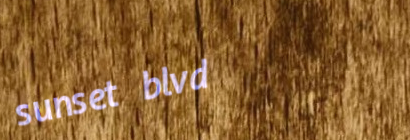
sunset blvd